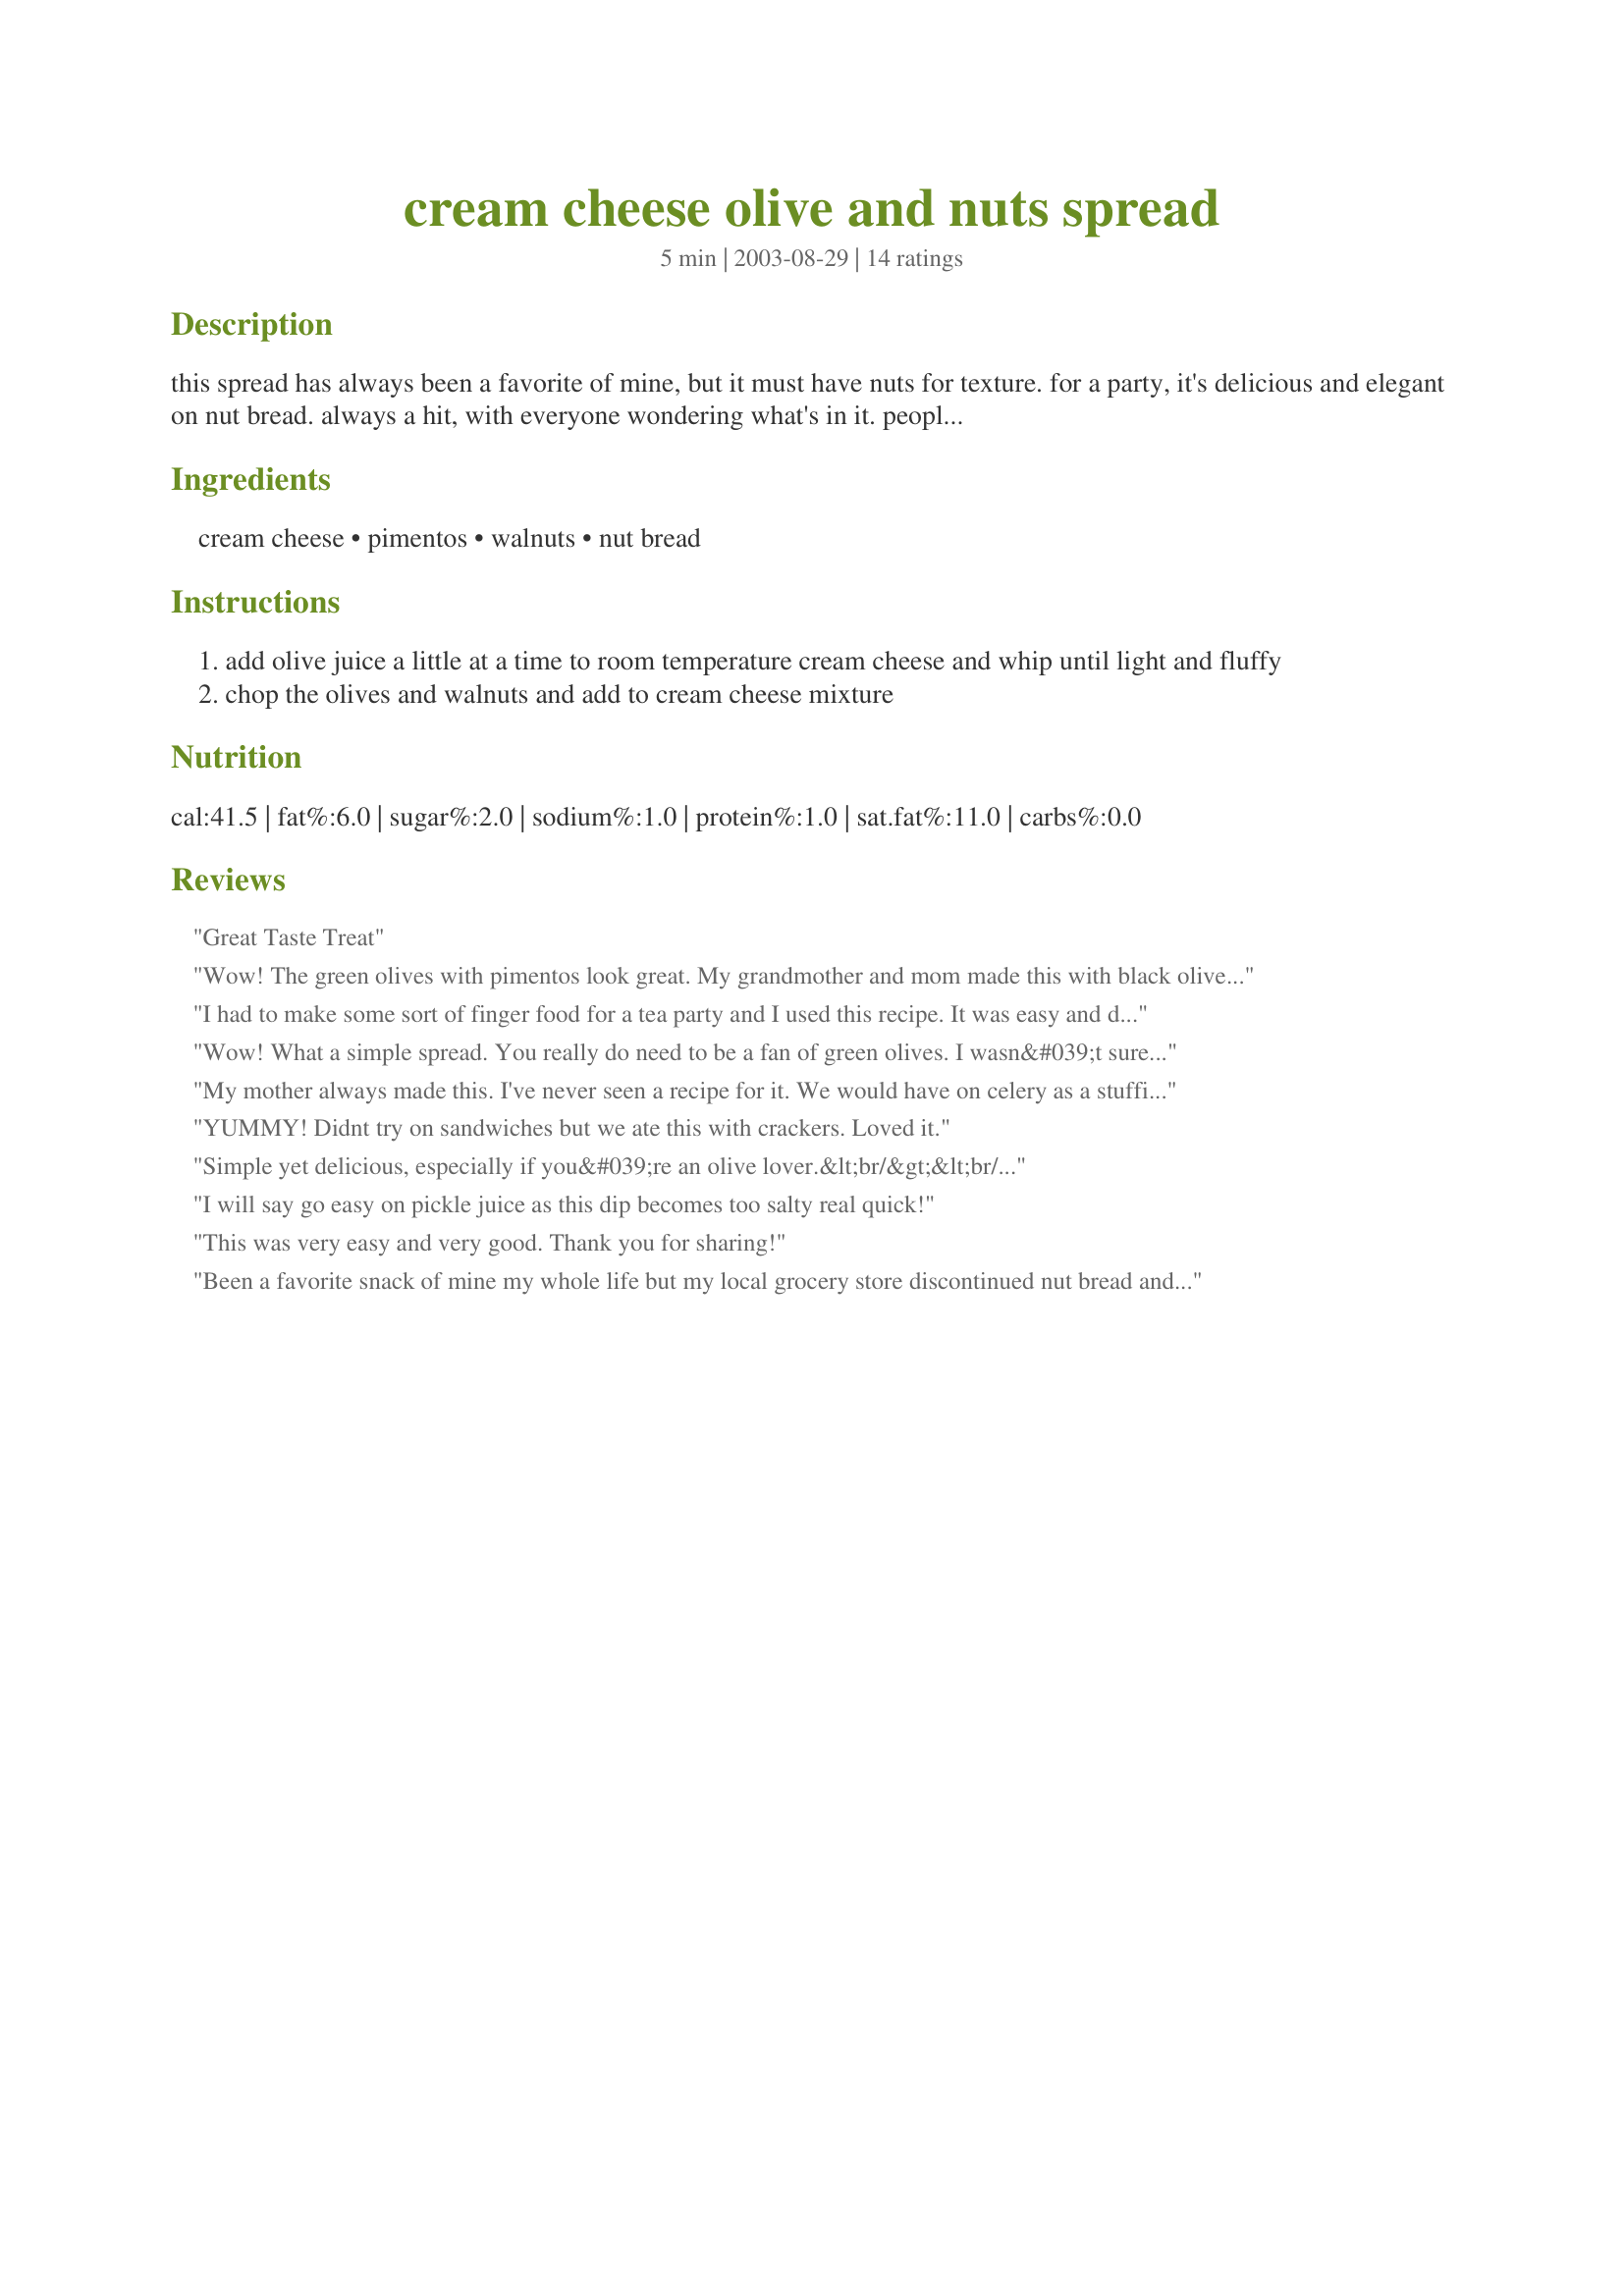
cream cheese olive and nuts spread
Preparation time: 5 minutes

this spread has always been a favorite of mine, but it must have nuts for texture. for a party, it's delicious and elegant on nut bread. always a hit, with everyone wondering what's in it. people find it very interesting and different from most dips and spreads.

Ingredients:
cream cheese, pimentos, walnuts, nut bread

Steps:
add olive juice a little at a time to room temperature cream cheese and whip until light and fluffy
chop the olives and walnuts and add to cream cheese mixture

Reviews:
Great Taste Treat
Wow! The green olives with pimentos look great. My grandmother and mom made this with black olives. They would make us sandwiches out of the spread.
I had to make some sort of finger food for a tea party and I used this recipe. It was easy and delicious. I had many compliments on the tiny sandwiches. It brought back fond memories of eating them at my neighborhood deli. I put the olives in the food processor first to chop a bit, and then added the cream cheese and some olive juice. Easy.
Wow! What a simple spread. You really do need to be a fan of green olives. I wasn&#039;t sure if I was liking at first, but then it really grew on me and became kind of addictive. Thanks for sharing the recipe.
My mother always made this.
I've never seen a recipe for it. We would have on celery as a stuffing. My sister and I always 
put it on baked potatoes.
YUMMY! Didnt try on sandwiches but we ate this with crackers. Loved it.
Simple yet delicious, especially if you&#039;re an olive lover.&lt;br/&gt;&lt;br/&gt;I threw in some finely diced onions, for the crunch I love so much. :)
I will say go easy on pickle juice as this dip becomes too salty real quick!
This was very easy and very good. Thank you for sharing!
Been a favorite snack of mine my whole life but my local grocery store discontinued nut bread and I can't find it at any other store. I'm very upset about this
Many years ago, a roommate introduced me to this heavenly concoction! We were young and impoverished and this delicious sandwich was well within our budget. I love it spread on toasted onion bagels! I have also thinned it out with a little sour cream and used it as a tasty dip for corn chips.
I grew up on this also. We would buy a jar of green olives and 1 package of cream cheese, empty some of the juice, add the jar of olives to a food processor and blend a few seconds. We then add the cream cheese and let blend until completely mixed. Easy! Not only do we eat this on bread, we eat it on pretzels too! Yum!
I couldn't believe this recipe when I stumbled upon it! I also ate this when I was a child. My german friend introduced this to me the first time I went to her house for lunch. Her mother put it on pumpernickel bread for sandwiches. I loved it and still do. People think I am nuts when I tell them about this childhood favorite.
I make this whenever I have a craving for salty foods. My husband doesn't like it, but I eat it on crackers and in sandwiches. It really satisfies my savoury cravings. I have been making it for years, and don't remember ever seeing an actual recipe.
